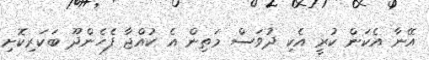
އޭނާ އެކަން ކުރީ އެކި ދުވަސް މަތިން އެ ކުއްޖާ ފެހެންދޫ ބަކަރިކޮށި